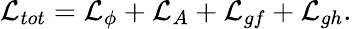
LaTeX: {\cal L}_{tot}={\cal L}_{\phi}+{\cal L}_{A}+{\cal L}_{gf}+{\cal L}_{gh}.